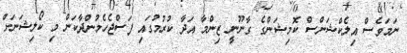
ނަމަވެސް އިލެކްޝަންސް ކޮމިޝަންގެ ގާނޫނީ ޒިންމާ އަދާ ކުރުމުގައި ފަސްޖެހެމުންދާކަން މި ކޯލިޝަނަށް